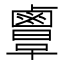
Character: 𪉲